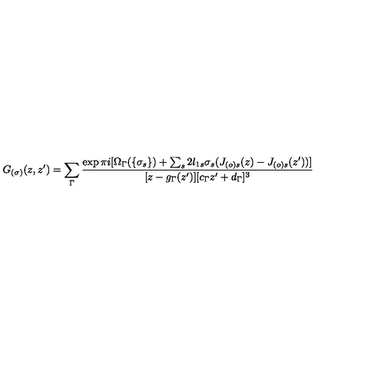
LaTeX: G _ { ( \sigma ) } ( z , z ^ { \prime } ) = \sum _ { \Gamma } \frac { \exp \pi i [ \Omega _ { \Gamma } ( \{ \sigma _ { s } \} ) + \sum _ { s } 2 l _ { 1 s } \sigma _ { s } ( J _ { ( o ) s } ( z ) - J _ { ( o ) s } ( z ^ { \prime } ) ) ] } { [ z - g _ { \Gamma } ( z ^ { \prime } ) ] [ c _ { \Gamma } z ^ { \prime } + d _ { \Gamma } ] ^ { 3 } }